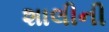
શાલીની